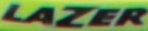
LAZER